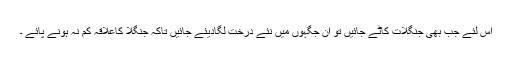
اس لئے جب بھی جنگلات کاٹے جائیں تو ان جگہوں میں نئے درخت لگادیئے جائیں تاکہ جنگلا کاعلاقہ کم نہ ہونے پائے ۔